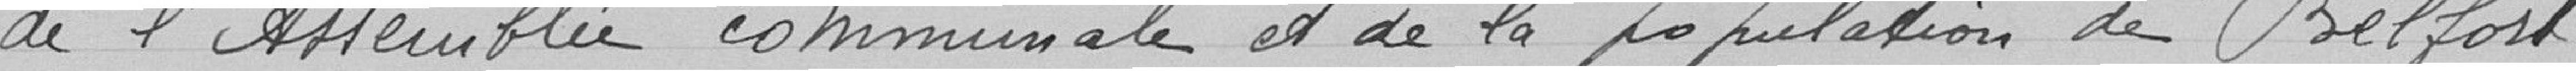
de l'Assemblée communale et de la population de Belfort.